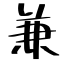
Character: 兼